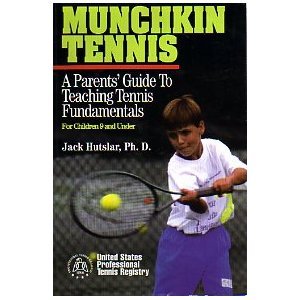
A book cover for Munchkin Tennis: A Parent's Guide to Teaching Tennis Fundamentals for Children 9 and Under; Jack Hutslar Ph D; Sports & Outdoors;